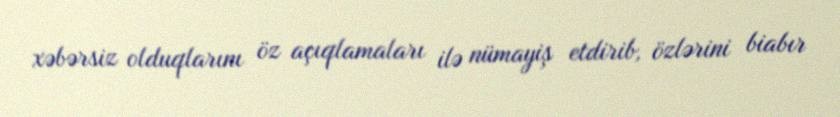
xəbərsiz olduqlarını öz açıqlamaları ilə nümayiş etdirib, özlərini biabır